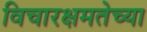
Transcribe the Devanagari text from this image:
विचारक्षमतेच्या